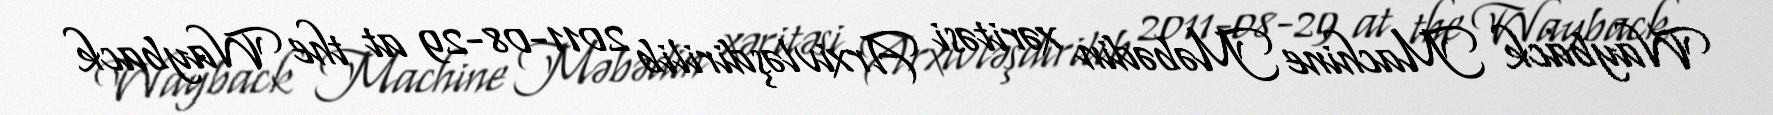
Wayback Machine Məbədin xəritəsi Arxivləşdirilib 2011-08-29 at the Wayback